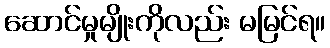
ဆောင်မှုမျိုးကိုလည်း မမြင်ရ။